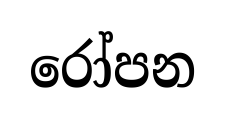
රෝපන